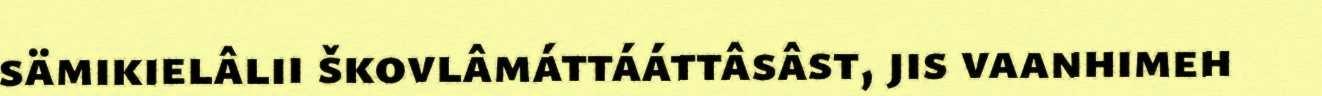
sämikielâlii škovlâmáttááttâsâst, jis vaanhimeh